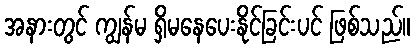
အနားတွင် ကျွန်မ ရှိမနေပေးနိုင်ခြင်းပင် ဖြစ်သည်။